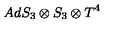
A d S _ { 3 } \otimes S _ { 3 } \otimes T ^ { 4 } \protect